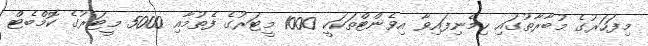
މިފަހަރުގެ މުބާރާތުގައި ހިމެނިފައިވާ އިވެންޓްތަކަކީ 1000 މީޓަރުގެ ފެތުމާއި 5000 މީޓަރުގެ ކޮމްބެޓް